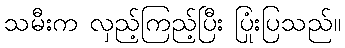
သမီးက လှည့်ကြည့်ပြီး ပြုံးပြသည်။